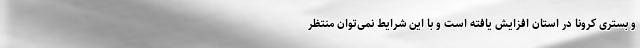
و بستری کرونا در استان افزایش یافته است و با این شرایط نمی‌توان منتظر